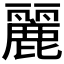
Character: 麗